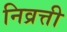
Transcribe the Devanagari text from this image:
निव्रत्ती